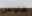
هاوس